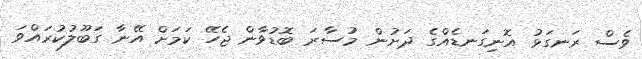
ވެސް ރަނގަޅު އޮނިގަނޑެއްގެ ދަށުން މުސާރަ ބޮޑުވާން ޖެހޭ ކަމަށް އޭނާ ގަބޫލުކުރައްވަ